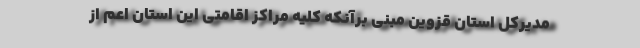
مدیرکل استان قزوین مبنی برآنکه کلیه مراکز اقامتی این استان اعم از